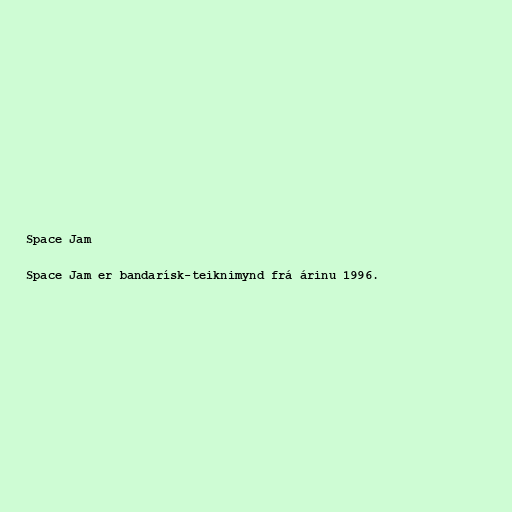
Space Jam

Space Jam er bandarísk-teiknimynd frá árinu 1996.